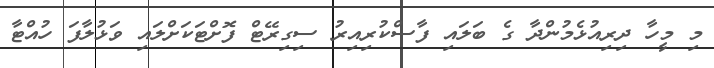
މި މީހާ ދިރިއުޅެމުންދާ ގެ ބަލައި ފާސްކުރިއިރު ސިގިރޭޓް ފޮށްޓަކަށްލައި ވަޅުލާފަ ހުއްޓާ